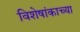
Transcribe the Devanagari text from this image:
विशेषांकाच्या